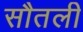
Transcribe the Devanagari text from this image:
सौतली